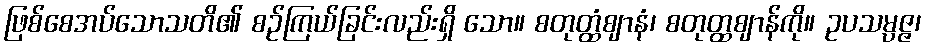
ဖြစ်စေအပ်သောသတိ၏ စဉ်ကြယ်ခြင်းလည်းရှိ သော။ စတုတ္ထံဈာနံ၊ စတုတ္ထဈာန်ကို။ ဥပသမ္ပဇ္ဇ၊